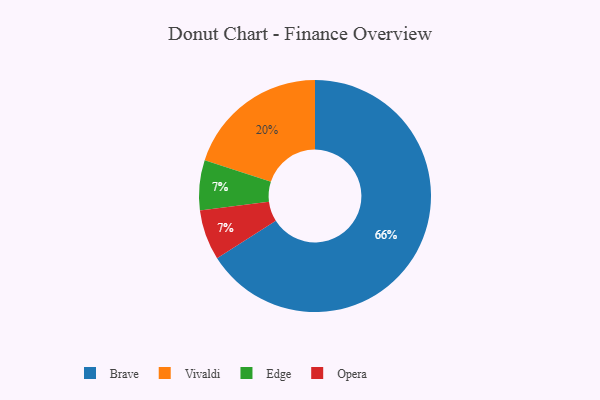
{"axis": {"x": "Category", "y": "Percentage"}, "legend": ["Brave", "Edge", "Opera", "Vivaldi"], "data": [{"x": "Edge", "y": 7, "type": "Edge"}, {"x": "Opera", "y": 7, "type": "Opera"}, {"x": "Vivaldi", "y": 20, "type": "Vivaldi"}, {"x": "Brave", "y": 66, "type": "Brave"}]}